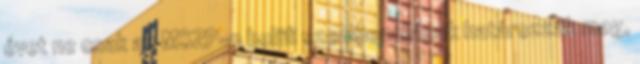
évet ne csak az MSZP-n belüli szembenállások határozzák meg,